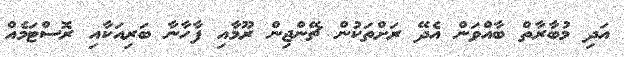
އަދި މުބާރާތް ބާއްވަން އެދޭ ރަށްތަކުން ޗޭންޖިން ރޫމާއި ފާހާނާ ބަރިއަކާއި ރޮސްޓަމެއް